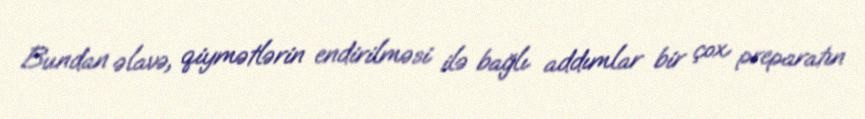
Bundan əlavə, qiymətlərin endirilməsi ilə bağlı addımlar bir çox preparatın